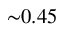
{ \sim } 0 . 4 5